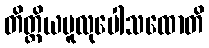
တိတ္ထိယမူလုပေါသထောတိ